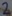
Text: 2